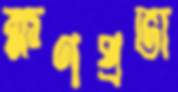
ক্ষণপ্রভা